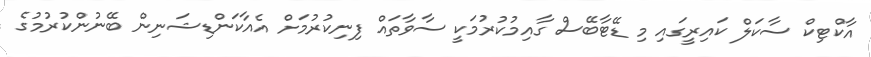
އާކްޓިކް ސާކަލް ކައިރީގައި މި ޑޭޓާބޭސް ގާއިމުކުރުމަކީ ސާވާތައް ފިނިކުރުމަށް އެއާކަންޑިޝަނިން ބޭނުންކުރުމުގެ